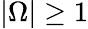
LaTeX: |\Omega|\ge 1